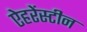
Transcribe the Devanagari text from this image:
ऐहरेंस्टीन